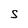
Character: S